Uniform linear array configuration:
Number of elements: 64
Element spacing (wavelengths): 1
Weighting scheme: hamming
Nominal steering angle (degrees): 30
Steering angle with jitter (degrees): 28.344
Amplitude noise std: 0.05
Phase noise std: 0.05

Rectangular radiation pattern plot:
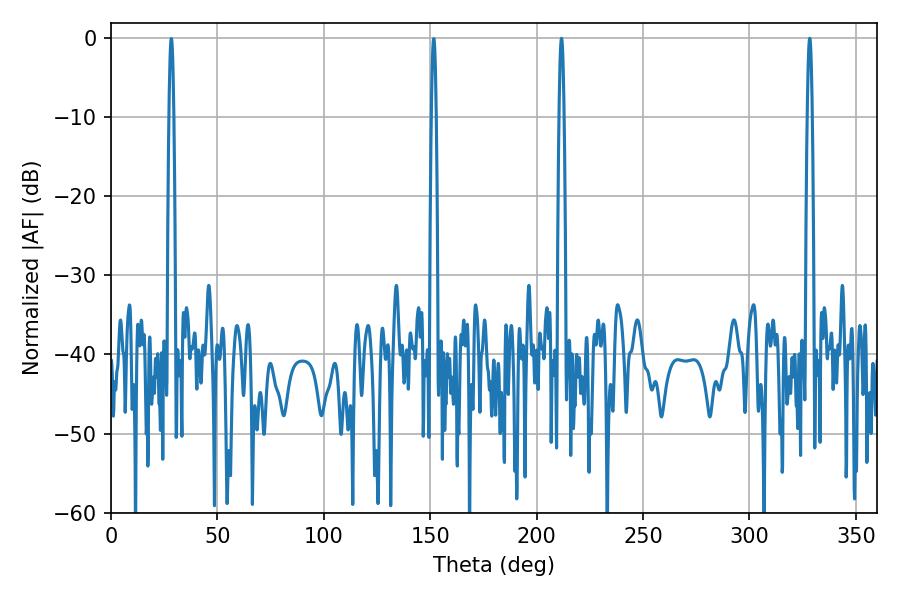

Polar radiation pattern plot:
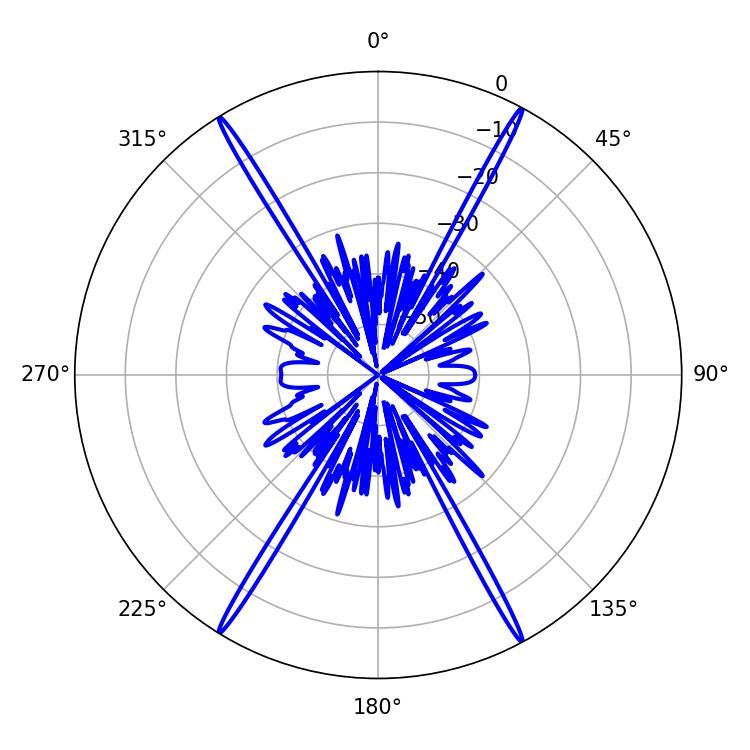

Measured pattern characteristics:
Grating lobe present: TRUE
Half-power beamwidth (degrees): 1.08
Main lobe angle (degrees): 328.32